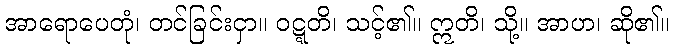
အာရောပေတုံ၊ တင်ခြင်းငှာ။ ဝဋ္ဋတိ၊ သင့်၏။ ဣတိ၊ သို့။ အာဟ၊ ဆို၏။